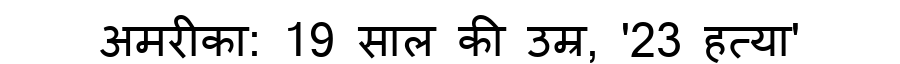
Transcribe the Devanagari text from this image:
अमरीका: 19 साल की उम्र, '23 हत्या'